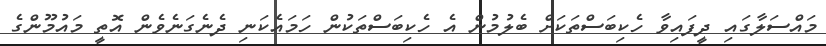
މައްސަލާގައި ދީފައިވާ ހެކިބަސްތަކަށް ބެލުމުން އެ ހެކިބަސްތަކުން ހަމައެކަނި ދެނެގަނެވެން އޮތީ މައުމޫންގެ